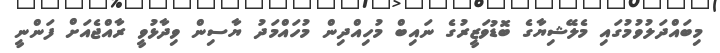
މިބައްދަލުވުމުގައި މެލޭޝިޔާގެ ބޮޑުވަޒީރުގެ ނައިބް މުހިއްދިން މުހައްމަދު ޔާސިން ވިދާޅުވީ ރާއްޖެއަށް ފަންނީ